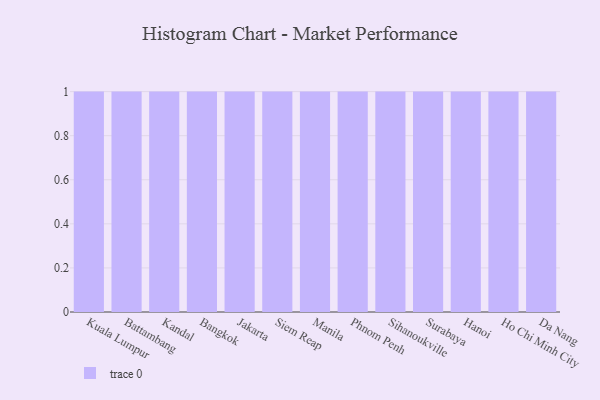
{"axis": {"x": "City", "y": "Temperature (°C)"}, "legend": [""], "data": [{"x": "Kuala Lumpur", "y": 13, "type": ""}, {"x": "Battambang", "y": 62, "type": ""}, {"x": "Kandal", "y": 96, "type": ""}, {"x": "Bangkok", "y": 23, "type": ""}, {"x": "Jakarta", "y": 20, "type": ""}, {"x": "Siem Reap", "y": 72, "type": ""}, {"x": "Manila", "y": 21, "type": ""}, {"x": "Phnom Penh", "y": 51, "type": ""}, {"x": "Sihanoukville", "y": 8, "type": ""}, {"x": "Surabaya", "y": 91, "type": ""}, {"x": "Hanoi", "y": 92, "type": ""}, {"x": "Ho Chi Minh City", "y": 91, "type": ""}, {"x": "Da Nang", "y": 5, "type": ""}]}